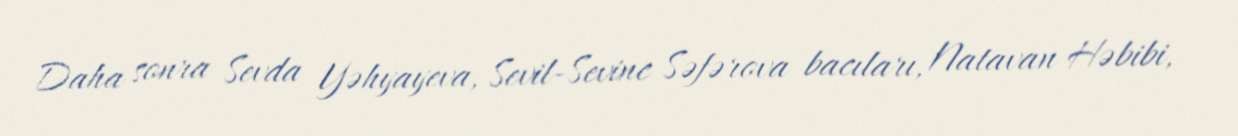
Daha sonra Sevda Yəhyayeva, Sevil-Sevinc Səfərova bacıları, Natavan Həbibi,